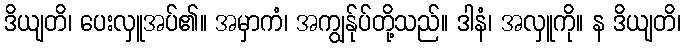
ဒိယျတိ၊ ပေးလှူအပ်၏။ အမှာကံ၊ အကျွန်ုပ်တို့သည်။ ဒါနံ၊ အလှူကို။ န ဒိယျတိ၊